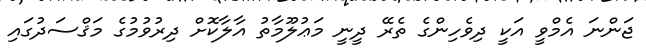
ޖަންނަ އެމްވީ އަކީ ދިވެހިންގެ ތެރޭ ދީނީ މަޢުލޫމާތު އާލާކޮށް ދިރުވުމުގެ މަޤްސަދުގައި